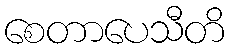
စေတာပေသီတိ